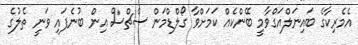
އެމެރިކާގެ ބައިނަލްއަގްވާމީ ބޭންކެއް ކަމަށްވާ ގޯލްޑްމަން ސެޗްސް އިން ބުނެފައި ވަނީ ތެލުގެ